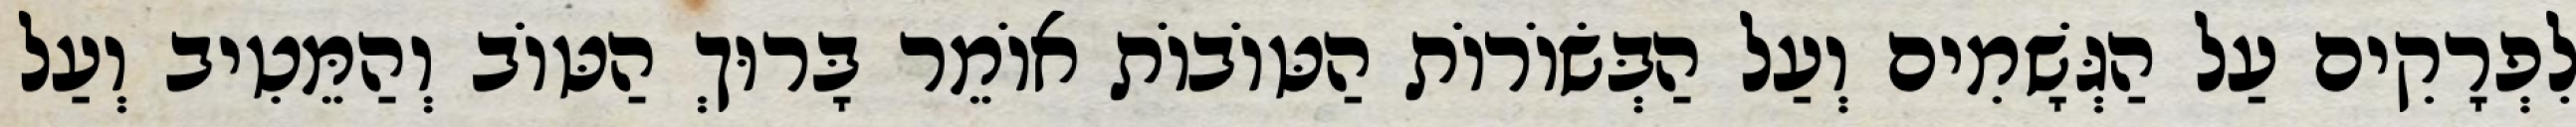
לִפְרָקִים עַל הַגְּשָׁמִים וְעַל הַבְּשׂוֹרוֹת הַטּוֹבוֹת אוֹמֵר בָּרוּךְ הַטּוֹב וְהַמֵּטִיב וְעַל